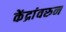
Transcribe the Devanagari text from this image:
केंद्रांवरुन